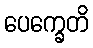
ပေက္ခေတိ